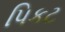
પિકટ